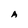
Character: A